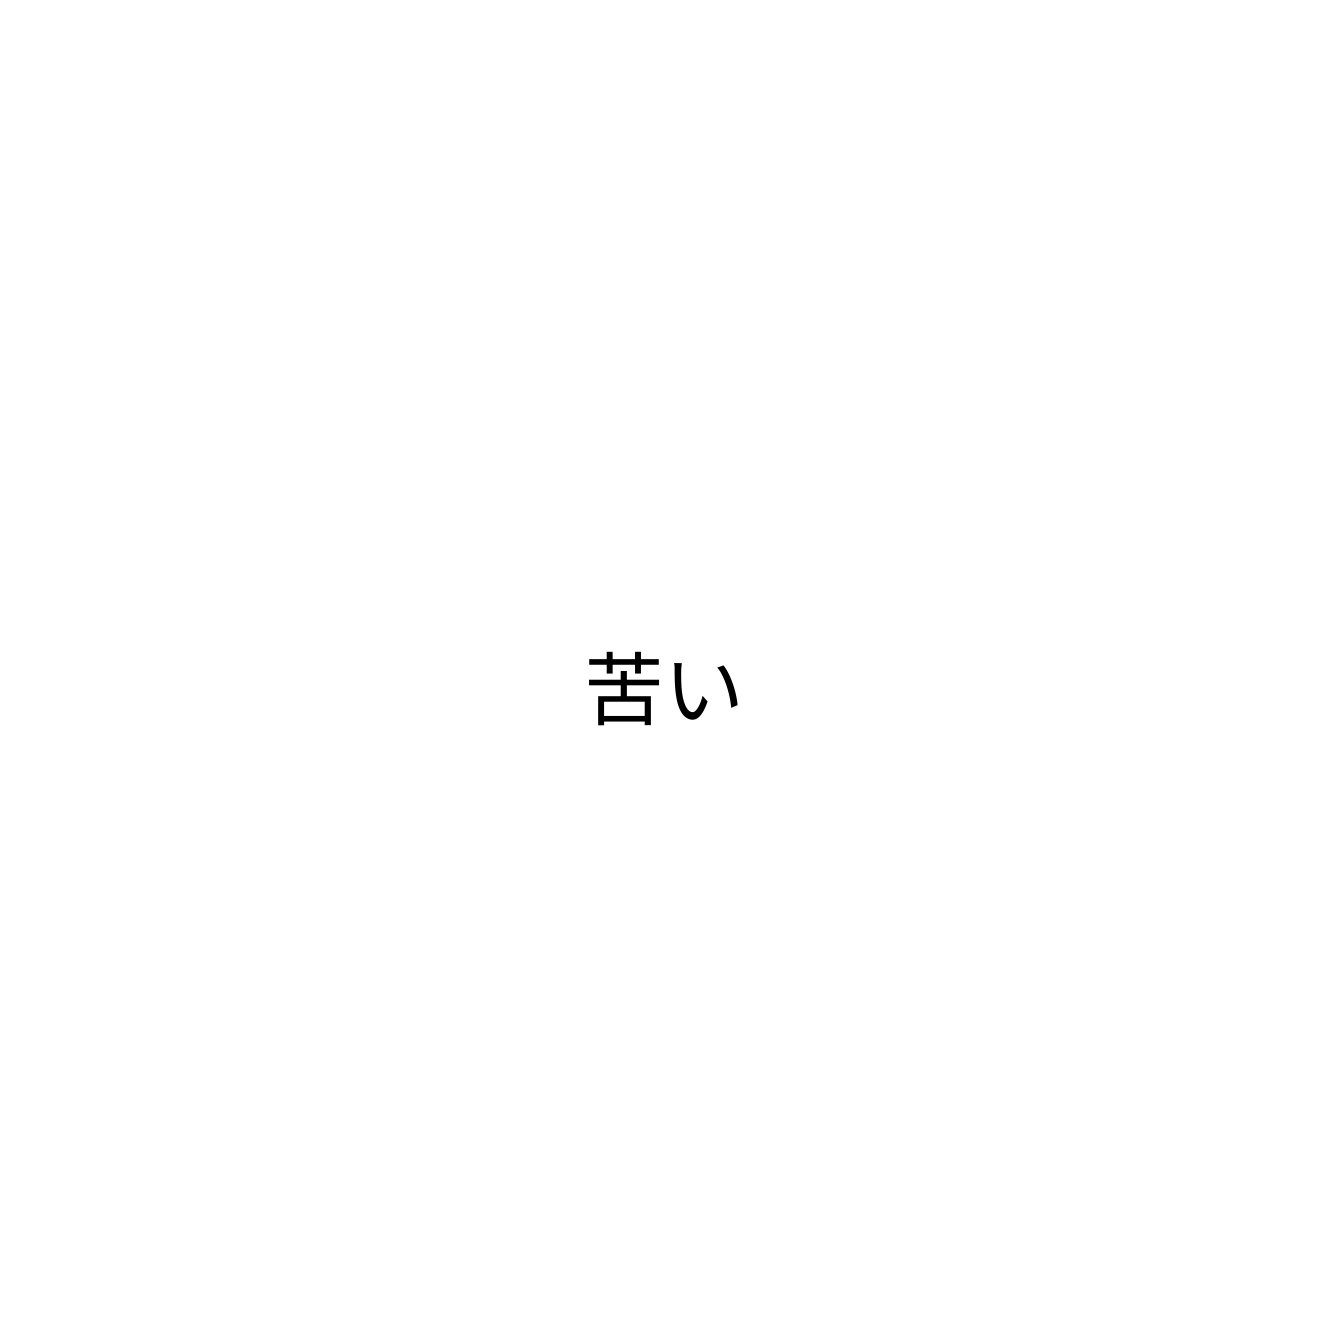
苦い